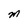
Character: M